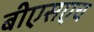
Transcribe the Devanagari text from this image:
बीएसएच